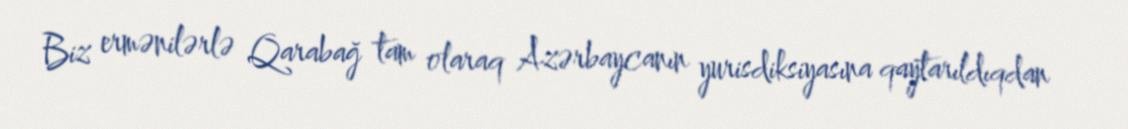
Biz ermənilərlə Qarabağ tam olaraq Azərbaycanın yurisdiksiyasına qaytarıldıqdan